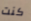
كنت